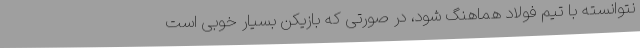
نتوانسته با تیم فولاد هماهنگ شود، در صورتی که بازیکن بسیار خوبی است